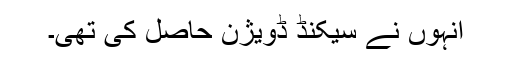
انہوں نے سیکنڈ ڈویژن حاصل کی تھی۔